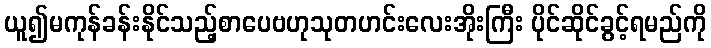
ယူ၍မကုန်ခန်းနိုင်သည့်စာပေဗဟုသုတဟင်းလေးအိုးကြီး ပိုင်ဆိုင်ခွင့်ရမည်ကို